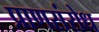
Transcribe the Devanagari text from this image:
प्राणसंरोध